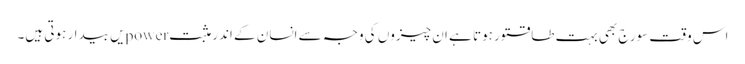
اس وقت سورج بھی بہت طاقتور ہوتا ہے ان چیزوں کی وجہ سے انسان کے اندر مثبت powerیں بیدار ہوتی ہیں۔